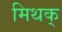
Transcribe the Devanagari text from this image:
मिथक्